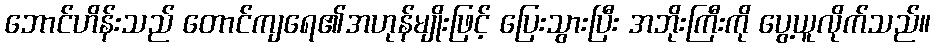
ဘောင်ဟိန်းသည် တောင်ကျရေ၏အဟုန်မျိုးဖြင့် ပြေးသွားပြီး အဘိုးကြီးကို ပွေ့ယူလိုက်သည်။